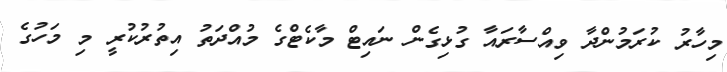
މިހާރު ކުރަމުންދާ ވިއްސާރައާ ގުޅިގެން ނައިޓް މާކެޓްގެ މުއްދަތު އިތުރުކުރީ މި މަހުގެ